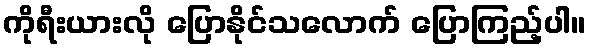
ကိုရီးယားလို ပြောနိုင်သလောက် ပြောကြည့်ပါ။